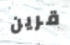
قرين